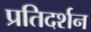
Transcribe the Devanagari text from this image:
प्रतिदर्शन